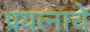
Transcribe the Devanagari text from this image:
प्रयत्नाचे